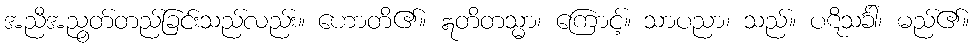
အညီအညွတ်တည်ခြင်းသည်လည်း။ ဟောတိ၏။ ဣတိတသ္မာ၊ ကြောင့်။ သာပညာ၊ သည်။ ပဋိသင်္ခါ၊ မည်၏။